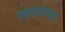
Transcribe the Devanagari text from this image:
ठहरानेवाले